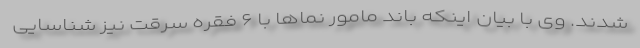
شدند. وی با بیان اینکه باند مامور نماها با ۶ فقره سرقت نیز شناسایی